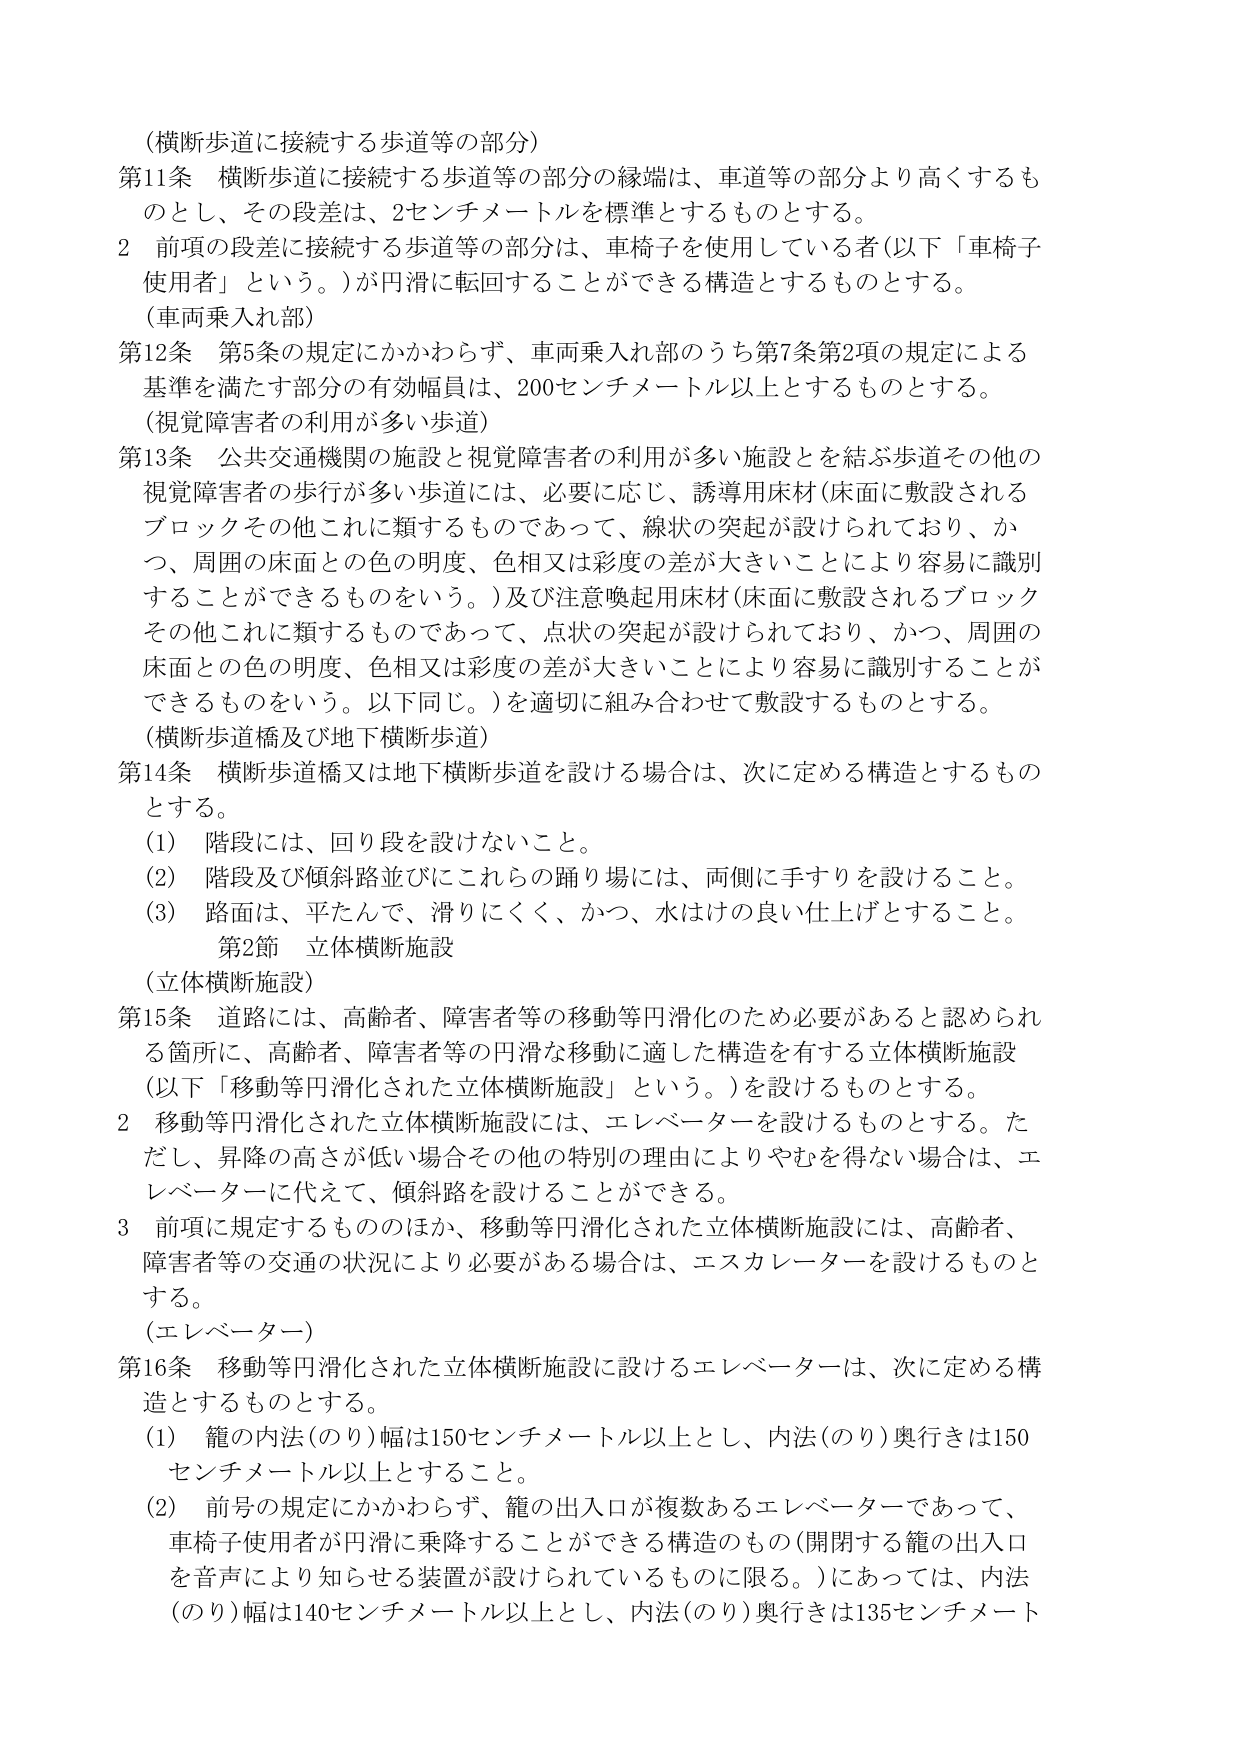
（横断歩道に接続する歩道等の部分）
第11条 横断歩道に接続する歩道等の部分の縁端は、車道等の部分より高くするものとし、その段差は、2センチメートルを標準とするものとする。
2 前項の段差に接続する歩道等の部分は、車椅子を使用している者（以下「車椅子使用者」という。）が円滑に転回することができる構造とするものとする。
（車両乗入れ部）
第12条 第5条の規定にかかわらず、車両乗入れ部のうち第7条第2項の規定による基準を満たす部分の有効幅員は、200センチメートル以上とするものとする。
（視覚障害者の利用が多い歩道）
第13条 公共交通機関の施設と視覚障害者の利用が多い施設を結ぶ歩道その他の視覚障害者の歩行が多い歩道には、必要に応じ、誘導用床材（床面に敷設されるブロックその他これに類するものであって、線状の突起が設けられており、かつ、周囲の床面との色の明度、色相又は彩度の差が大きいことにより容易に識別することができるものをいう。）及び注意喚起用床材（床面に敷設されるブロックその他これに類するものであって、点状の突起が設けられており、かつ、周囲の床面との色の明度、色相又は彩度の差が大きいことにより容易に識別することができるものをいう。以下同じ。）を適切に組み合わせて敷設するものとする。
（横断歩道橋及び地下横断歩道）
第14条 横断歩道橋又は地下横断歩道を設ける場合は、次に定める構造とするものとする。
（1） 階段には、回り段を設けないこと。
（2） 階段及び傾斜路並びにこれらの踊り場には、両側に手すりを設けること。
（3） 路面は、平たんで、滑りにくく、かつ、水はけの良い仕上げとすること。
第2節 立体横断施設
（立体横断施設）
第15条 道路には、高齢者、障害者等の移動等円滑化のため必要があると認められる箇所に、高齢者、障害者等の円滑な移動に適した構造を有する立体横断施設（以下「移動等円滑化された立体横断施設」という。）を設けるものとする。
2 移動等円滑化された立体横断施設には、エレベーターを設けるものとする。ただし、昇降の高さが低い場合その他特別の理由によりやむを得ない場合は、エレベーターに代えて、傾斜路を設けることができる。
3 前項に規定するもののほか、移動等円滑化された立体横断施設には、高齢者、障害者等の交通の状況により必要がある場合は、エスカレーターを設けるものとする。
（エレベーター）
第16条 移動等円滑化された立体横断施設に設けるエレベーターは、次に定める構造とするものとする。
（1） 籠の内法（のり）幅は150センチメートル以上とし、内法（のり）奥行きは150センチメートル以上とすること。
（2） 前号の規定にかかわらず、籠の出入口が複数あるエレベーターであって、車椅子使用者が円滑に乗降することができる構造のもの（開閉する籠の出入口を音声により知らせる装置が設けられているものに限る。）にあっては、内法（のり）幅は140センチメートル以上とし、内法（のり）奥行きは135センチメートル以上とすること。